Cholera in India, 1862 to 1881
Year: 1862
Disease focus: Cholera
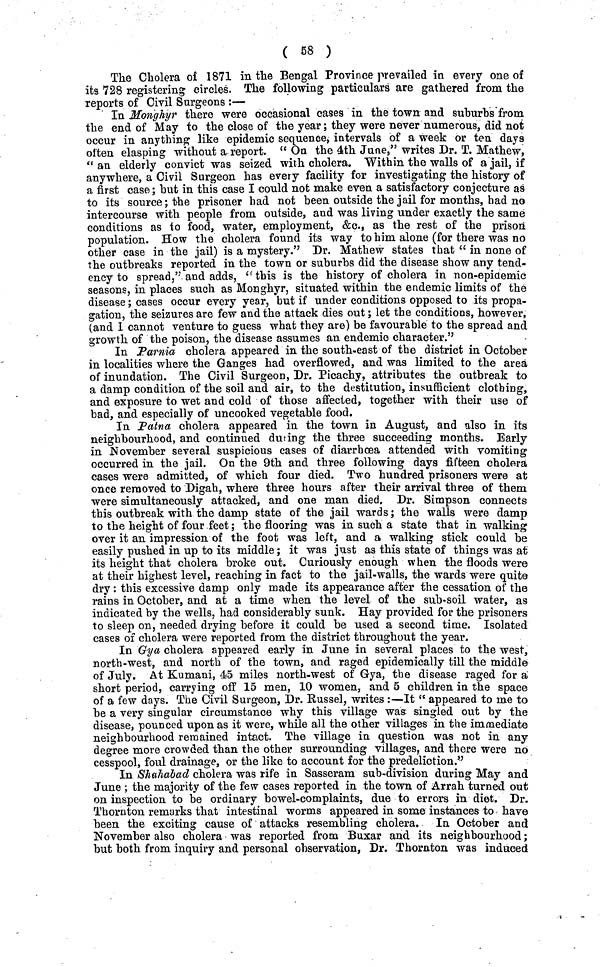
( 58 )
The Cholera of 1871 in the Bengal Province prevailed in every one of
its 728 registering circles. The following particulars are gathered from the
reports of Civil Surgeons :—
In Monghyr there were occasional cases in the town and suburbs from
the end of May to the close of the year; they were never numerous, did not
occur in anything like epidemic sequence, intervals of a week or ten days
often elasping without a report. " On the 4th June," writes Dr. T. Mathew,
" an elderly convict was seized with cholera. Within the walls of a jail, if
anywhere, a Civil Surgeon has every facility for investigating the history of
a first case; hut in this case I could not make even a satisfactory conjecture as
to its source; the prisoner had not been outside the jail for months, had no
intercourse with people from outside, and was living under exactly the same
conditions as to food, water, employment, &c., as the rest of the prison
population. How the cholera found its way to him alone (for there was no
other case in the jail) is a mystery." Dr. Mathew states that " in none of
the outbreaks reported in the town or suburbs did the disease show any tend-
ency to spread," and adds, "this is the history of cholera in non-epidemic
seasons, in places such as Monghyr, situated within the endemic limits of the
disease; cases occur every year, but if under conditions opposed to its propa-
gation, the seizures are few and the attack dies out; let the conditions, however,
(and I cannot venture to guess what they are) be favourable to the spread and
growth of the poison, the disease assumes an endemic character."
In Parnia cholera appeared in the south-east of the district in October
in localities where the Ganges had overflowed, and was limited to the area
of inundation. The Civil Surgeon, Dr. Picachy, attributes the outbreak to
a damp condition of the soil and air, to the destitution, insufficient clothing,
and exposure to wet and cold of those affected, together with their use of
bad, and especially of uncooked vegetable food.
In Patna cholera appeared in the town in August, and also in its
neighbourhood, and continued during the three succeeding months. Early
in November several suspicious cases of diarrhoea attended with vomiting
occurred in the jail. On the 9th and three following days fifteen cholera
cases were admitted, of which four died. Two hundred prisoners were at
once removed to Digah, where three hours after their arrival three of them
were simultaneously attacked, and one man died. Dr. Simpson connects
this outbreak with the damp state of the jail wards; the walls were damp
to the height of four feet; the flooring was in such a state that in walking
over it an impression of the foot was left, and a walking stick could be
easily pushed in up to its middle; it was just as this state of things was at
its height that cholera broke out. Curiously enough when the floods were
at their highest level, reaching in fact to the jail-walls, the wards were quite
dry: this excessive damp only made its appearance after the cessation of the
rains in October, and at a time when the level of the sub-soil water, as
indicated by the wells, had considerably sunk. Hay provided for the prisoners
to sleep on, needed drying before it could be used a second time. Isolated
cases of cholera were reported from the district throughout the year.
In Gya cholera appeared early in June in several places to the west,
north-west, and north of the town, and raged epidemically till the middle
of July. At Kumani, 45 miles north-west of Gya, the disease raged for a
short period, carrying off 15 men, 10 women, and 5 children in the space
of a few days. The Civil Surgeon, Dr. Russel, writes :—It " appeared to me to
be a very singular circumstance why this village was singled out by the
disease, pounced upon as it were, while all the other villages in the immediate
neighbourhood remained intact. The village in question was not in any
degree more crowded than the other surrounding villages, and there were no
cesspool, foul drainage, or the like to account for the predeliction."
In iShahabad cholera was rife in Sasseram sub-division during May and
June ; the majority of the few cases reported in the town of Arrah turned out
on inspection to be ordinary bowel-complaints, due to errors in diet. Dr.
Thornton remarks that intestinal worms appeared in some instances to have
been the exciting cause of attacks resembling cholera. In October and
November also cholera was reported from Buxar and its neighbourhood;
but both from inquiry and personal observation, Dr. Thornton was induced